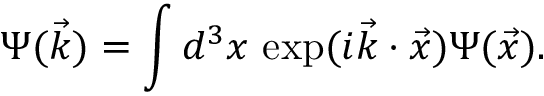
\Psi ( \vec { k } ) = \int d ^ { 3 } x \ \mathrm { e x p } ( i \vec { k } \cdot \vec { x } ) \Psi ( \vec { x } ) .